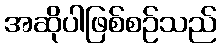
အဆိုပါဖြစ်စဉ်သည်